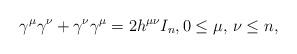
LaTeX: \begin{align*}\gamma\sp\mu\gamma\sp\nu+\gamma\sp\nu\gamma\sp\mu=2h\sp{\mu\nu}I_n,0\le \mu,\,\nu\le n,\end{align*}